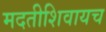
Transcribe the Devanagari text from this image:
मदतीशिवायच